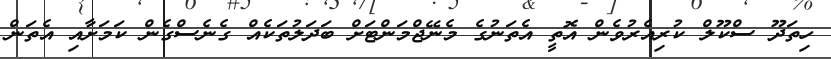
ހިތަދޫ ސްކޫލް ކުރިއެރުވެން އޮތީ އެތަނުގެ މެނޭޖްމަންޓަށް ބަދަލުތަކެއް ގެނެސްގެން ކަމަށާއި އެތަން